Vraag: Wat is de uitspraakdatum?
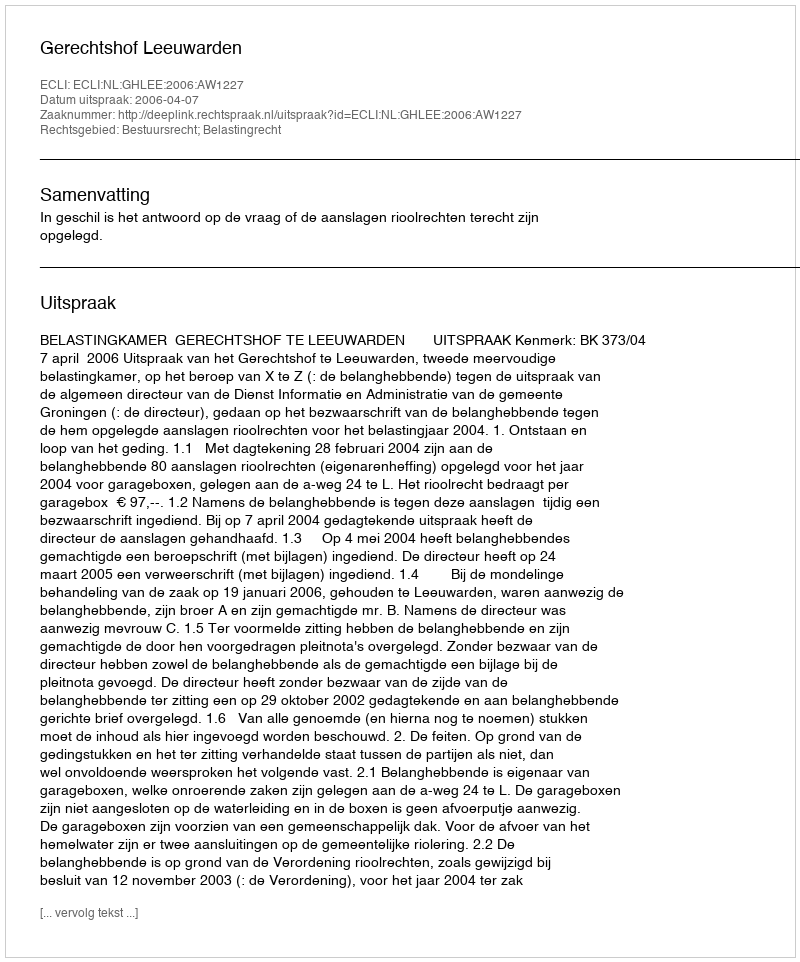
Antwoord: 2006-04-07